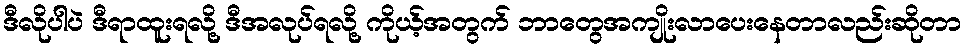
ဒီလိုပါပဲ ဒီရာထူးရလို့ ဒီအလုပ်ရလို့ ကိုယ့်အတွက် ဘာတွေအကျိုးလာပေးနေတာလည်းဆိုတာ